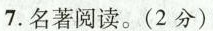
7.名著阅读。(2分)